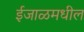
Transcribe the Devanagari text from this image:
ईजाळमधील